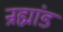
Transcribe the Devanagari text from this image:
न्रह्मांड